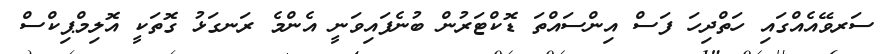
ސަރވޭއެއްގައި ހަތްދިހަ ފަސް އިންސައްތަ ޑޮކްޓަރުން ބުނެފައިވަނީ އެންމެ ރަނގަޅު ގޮތަކީ އޮލިމްޕިކްސް